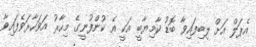
އެޕަލް އަށް ލިބިފައިވާ ބޮޑު ކާމިޔާބީ އަކީ އެ ކުންފުނީގެ މިހާރު އަވަހާރަވެފައިވާ